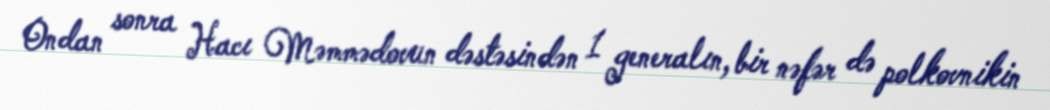
Ondan sonra Hacı Məmmədovun dəstəsindən 1 generalın, bir nəfər də polkovnikin